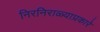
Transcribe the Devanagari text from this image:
निरनिराळ्याप्रकारे